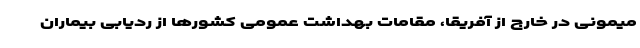
میمونی در خارج از آفریقا، مقامات بهداشت عمومی کشورها از ردیابی بیماران